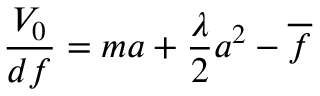
\frac { V _ { 0 } } { d f } = m a + \frac { \lambda } { 2 } a ^ { 2 } - \overline { { { f } } }